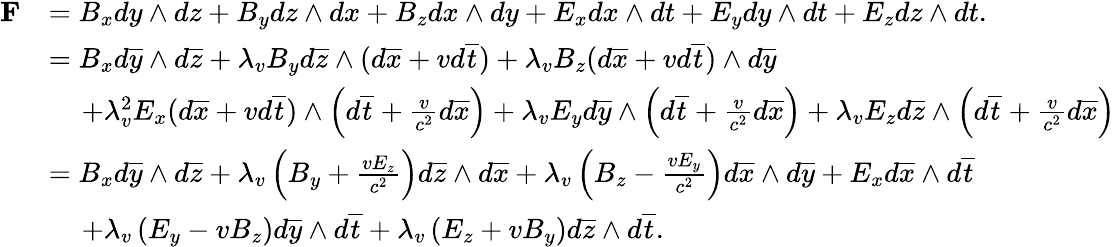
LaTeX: \begin{array}{rl}{{\mathbf F}}&{=B_{x}dy\wedge dz+B_{y}dz\wedge dx+B_{z}dx\wedge dy+E_{x}dx\wedge dt+E_{y}dy\wedge dt+E_{z}dz\wedge dt.}\\ &{=B_{x}d\overline{{y}}\wedge d\overline{{z}}+\lambda_{v}B_{y}d\overline{{z}}\wedge(d\overline{{x}}+vd\overline{{t}})+\lambda_{v}B_{z}(d\overline{{x}}+vd\overline{{t}})\wedge d\overline{{y}}}\\ &{\quad\, +\lambda_{v}^{2}E_{x}(d\overline{{x}}+vd\overline{{t}})\wedge\left(d\overline{{t}}+\frac{v}{c^{2}}d\overline{{x}}\right)+\lambda_{v}E_{y}d\overline{{y}}\wedge\left(d\overline{{t}}+\frac{v}{c^{2}}d\overline{{x}}\right)+\lambda_{v}E_{z}d\overline{{z}}\wedge\left(d\overline{{t}}+\frac{v}{c^{2}}d\overline{{x}}\right)}\\ &{=B_{x}d\overline{{y}}\wedge d\overline{{z}}+\lambda_{v}\left(B_{y}+\frac{vE_{z}}{c^{2}}\right)d\overline{{z}}\wedge d\overline{{x}}+\lambda_{v}\left(B_{z}-\frac{vE_{y}}{c^{2}}\right)d\overline{{x}}\wedge d\overline{{y}}+E_{x}d\overline{{x}}\wedge d\overline{{t}}}\\ &{\quad\, +\lambda_{v}\left(E_{y}-vB_{z}\right)d\overline{{y}}\wedge d\overline{{t}}+\lambda_{v}\left(E_{z}+vB_{y}\right)d\overline{{z}}\wedge d\overline{{t}}.}\end{array}